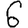
Digit: 6